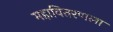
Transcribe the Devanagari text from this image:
महावितरणला